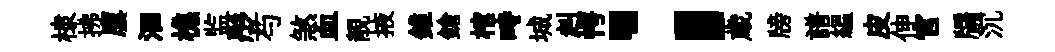
棣拂廪洄樵监彤芍煞血靚掖錐鎗棺畤城赳愕；歳牓譜緼皮伸官牖沉